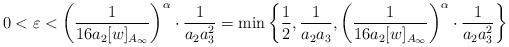
LaTeX: \begin{align*} 0<\varepsilon< \left(\frac{1}{16 a_2[w]_{A_\infty} }\right)^\alpha \cdot \frac{1}{a_2a_3^2}=\min \left\{\frac{1}{2}, \frac{1}{a_2a_3}, \left(\frac{1}{16 a_2[w]_{A_\infty} }\right)^\alpha \cdot \frac{1}{a_2a_3^2} \right\}\end{align*}